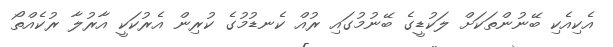
އެކިއެކި ބޭނުންތަކަށް ލަކުޑީގެ ބޭނުމުގައި ރުއް ކެނޑުމުގެ ކުރިން އެރުކަކީ އާރުލާ ރުކެއްތޯ